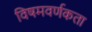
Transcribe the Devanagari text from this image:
विषमवर्णकता